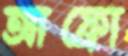
আফ্রো